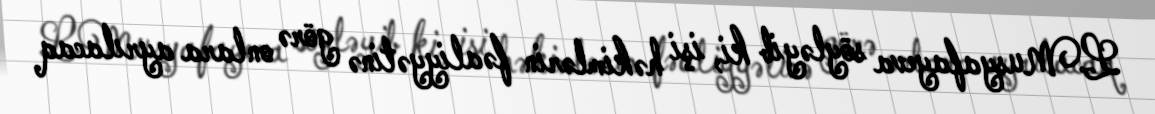
L.Musyafayeva söyləyib ki, işi həkimlərin fəaliyyətinə görə onlara ayrılacaq